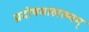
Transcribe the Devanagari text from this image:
प्रदोषमाहात्म्यम्